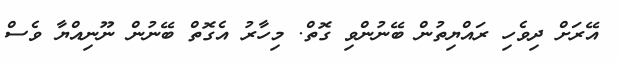
އޭރަށް ދިވެހި ރައްޔިތުން ބޭނުންވި ގޮތް. މިހާރު އެގޮތް ބޭނުން ނޫނިއްޔާ ވެސް